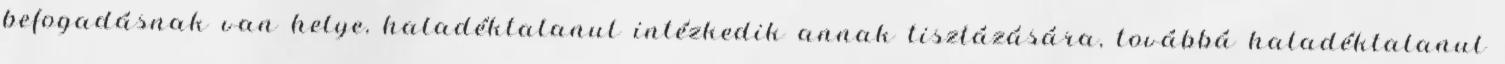
befogadásnak van helye, haladéktalanul intézkedik annak tisztázására, továbbá haladéktalanul